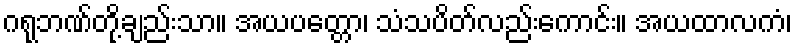
ဂရုဘဏ်တို့ချည်းသာ။ အယပတ္တော၊ သံသပိတ်လည်းကောင်း။ အယထာလကံ၊